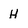
Character: H